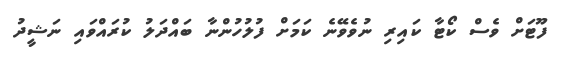
ފޫޓަށް ވެސް ކޯޓާ ކައިރި ނުވެވޭނެ ކަމަށް ފުލުހުންނާ ބައްދަލު ކުރައްވައި ނަޝީދު